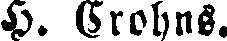
H. Crohns.